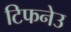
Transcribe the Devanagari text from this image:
टिफनेउ